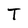
Character: T